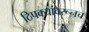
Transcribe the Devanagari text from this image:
ठिपक्यांवरूनच